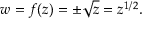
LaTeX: w = f ( z ) = \pm { \sqrt { z } } = z ^ { 1 / 2 } .